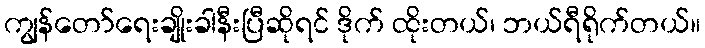
ကျွန်တော်ရေးချိုးခါနီးပြီဆိုရင် ဒိုက် ထိုးတယ်၊ ဘယ်ရီရိုက်တယ်။